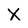
Character: X